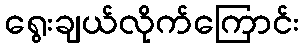
ရွေးချယ်လိုက်ကြောင်း